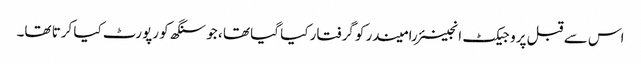
اس سے قبل پروجیکٹ انجینئر رامیندر کو گرفتار کیا گیا تھا ، جو سنگھ کو رپورٹ کیا کرتا تھا۔